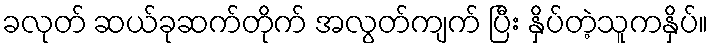
ခလုတ် ဆယ်ခုဆက်တိုက် အလွတ်ကျက် ပြီး နှိပ်တဲ့သူကနှိပ်။